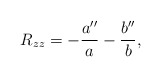
\begin{align*}R_{zz} = - {{a''}\over{a}} - {{b''}\over{b}},\end{align*}